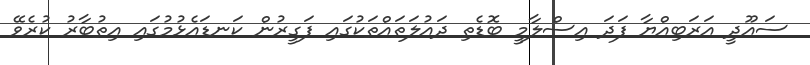
ސައޫދީ އަރަބިއްޔާ ފަދަ އިސްލާމީ ބޮޑެތި ދައުލަތައްތަކުގައި ފަގީރުން ކަނޑައެޅުމުގައި އިތުބާރު ކުރެވޭ